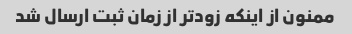
ممنون از اینکه زودتر از زمان ثبت ارسال شد